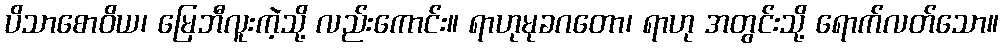
ပိသာစောဝိယ၊ မြေဘီလူးကဲ့သို့ လည်းကောင်း။ ရာဟုမုခဂတော၊ ရာဟု အတွင်းသို့ ရောက်လတ်သော။